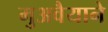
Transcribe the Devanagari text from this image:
मुअवैयाने